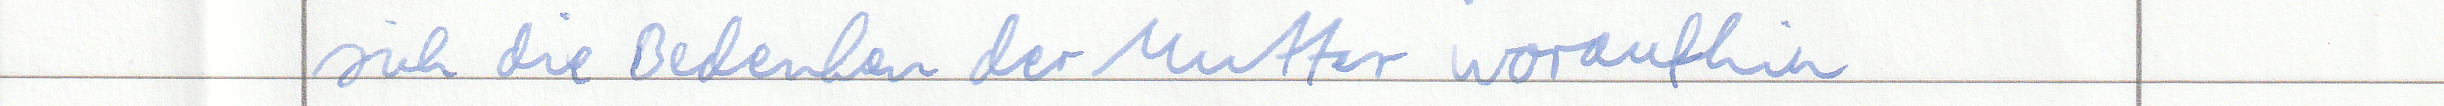
sich die Bedenken der Mutter woraufhin